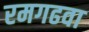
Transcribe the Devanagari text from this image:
रमगढवा